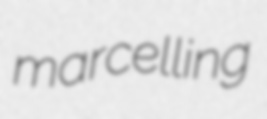
marcelling